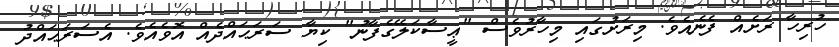
ހުރިހާ ރަށެއް ފެނެއެވެ. މިރަށުގައި މިހާރުވެސް "ޢީސާކަލޭގެފާނު" ކިޔާ ސަރަޙައްދެއް އޮވެއެވެ. އެސަރަޙައްދު